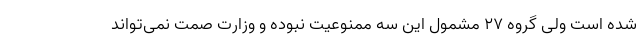
شده است ولی گروه ۲۷ مشمول این سه ممنوعیت نبوده و وزارت صمت نمی‌تواند